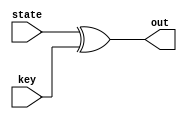
`timescale 1ns / 1ps
//////////////////////////////////////////////////////////////////////////////////
// Company: hanyang Univ.
// 
 
// Module Name: AddRoundKey

//////////////////////////////////////////////////////////////////////////////////


module AddroundKey(state,key,out);
    parameter key_size = 128;
    parameter round = 10;
    input [127:0] state,key;
    output [127:0] out;
    
    assign out=state^key;
endmodule